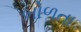
બોળતા